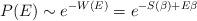
LaTeX: \begin{align*}P(E)\sim e^{-W(E)}=e^{-S(\beta)+E\beta}\end{align*}